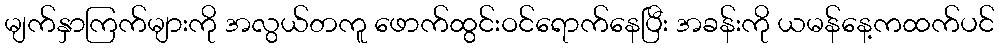
မျက်နှာကြက်များကို အလွယ်တကူ ဖောက်ထွင်းဝင်ရောက်နေပြီး အခန်းကို ယမန်နေ့ကထက်ပင်